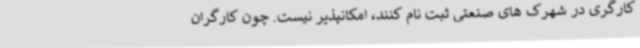
کارگری در شهرک های صنعتی ثبت نام کنند، امکانپذیر نیست. چون کارگران